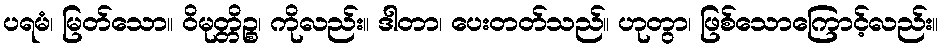
ပရမံ၊ မြတ်သော။ ဝိမုတ္တိဉ္စ၊ ကိုလည်း။ ဒါတာ၊ ပေးတတ်သည်။ ဟုတွာ၊ ဖြစ်သောကြောင့်လည်း။